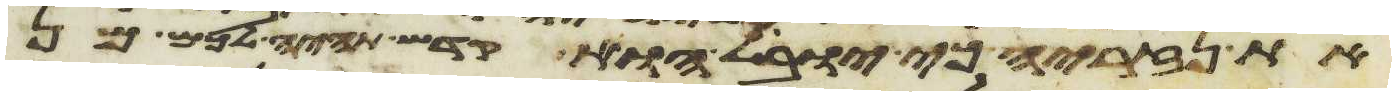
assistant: את נזיריה כי יובל הוא קדש תהיה לכם מן